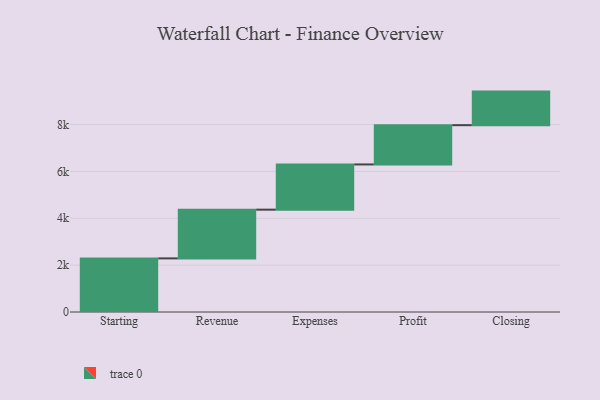
{"axis": {"x": "Step", "y": "Value"}, "legend": [""], "data": [{"x": "Starting", "y": 2288.0, "type": ""}, {"x": "Revenue", "y": 2080.0, "type": ""}, {"x": "Expenses", "y": 1930.0, "type": ""}, {"x": "Profit", "y": 1676.0, "type": ""}, {"x": "Closing", "y": 1433.0, "type": ""}]}